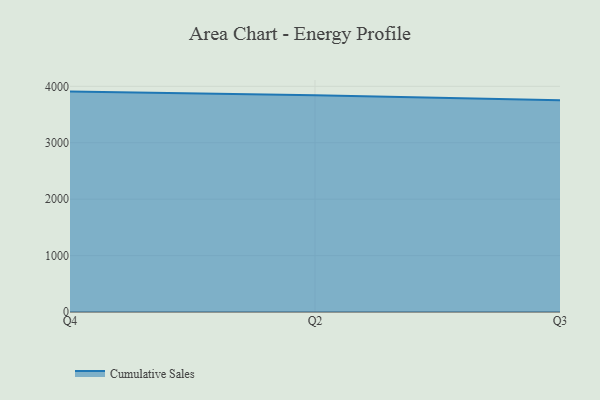
{"axis": {"x": "Quarter", "y": "Net Income (USD K)"}, "legend": ["Cumulative Sales"], "data": [{"x": "Q4", "y": 3906.3, "type": "Cumulative Sales"}, {"x": "Q2", "y": 3840.7, "type": "Cumulative Sales"}, {"x": "Q3", "y": 3753.7, "type": "Cumulative Sales"}]}